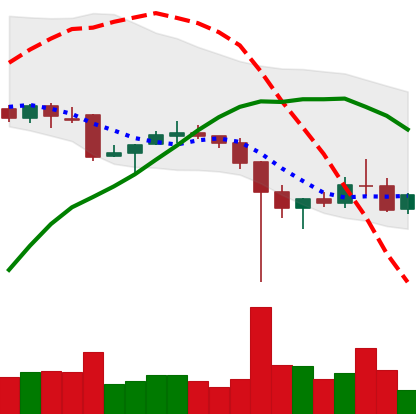
Ticker: XRP-USD
Chart end date: 2021-12-11
Forward return: -3.942%
Label: down_3_5